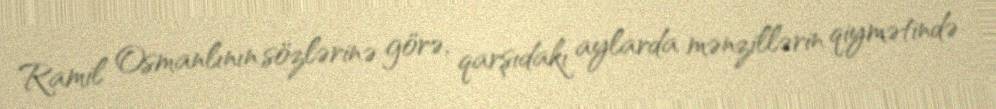
Ramil Osmanlının sözlərinə görə, qarşıdakı aylarda mənzillərin qiymətində